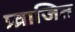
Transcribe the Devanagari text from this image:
प्र्व्राजित